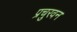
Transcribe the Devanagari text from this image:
प्रचुरवन